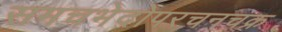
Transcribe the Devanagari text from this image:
समचभेदोपरचनचक्र